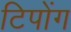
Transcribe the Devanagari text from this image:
टिपोंग